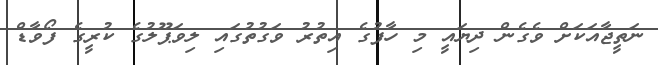
ނަތީޖާއަކަށް ވެގެން ދިޔައީ މި ހާފުގެ އިތުރު ވަގުތުގައި ލިވަޕޫލުގެ ކުރީގެ ފޯވާޑް